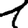
Digit: 1